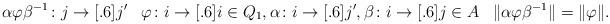
LaTeX: \begin{align*}& \alpha \varphi \beta^{-1} \colon j \to[.6] j' && \varphi \colon i \to[.6] i \in Q_1, \alpha \colon i \to[.6] j', \beta \colon i \to[.6] j \in A && \| \alpha \varphi \beta^{-1} \| = \| \varphi \|.\end{align*}